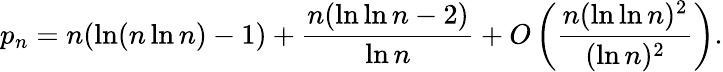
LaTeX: p_{n}=n(\ln(n\ln n)-1)+{\frac{n(\ln\ln n-2)}{\ln n}}+O\left({\frac{n(\ln\ln n)^{2}}{(\ln n)^{2}}}\right).